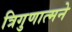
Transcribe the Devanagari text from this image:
त्रिगुणात्मने